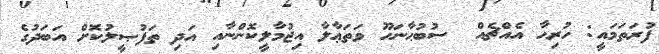
ފުރަތަމައީ: ހުރިހާ އެއްޗެއް  ސުބުޙާނަހޫ ވަތަޢާލާ އިޖުމާލީކޮންނާއި އަދި ތަފުޞީލުކޮށް އަބަދުގެ